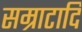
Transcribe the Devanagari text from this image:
सम्राटादि